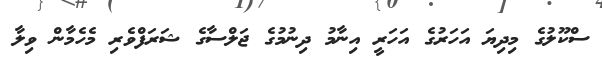
ސްކޫލުގެ މިދިޔަ އަހަރުގެ އަހަރީ އިނާމު ދިނުމުގެ ޖަލްސާގެ ޝަރަފްވެރި މެހެމާން ވިލާ